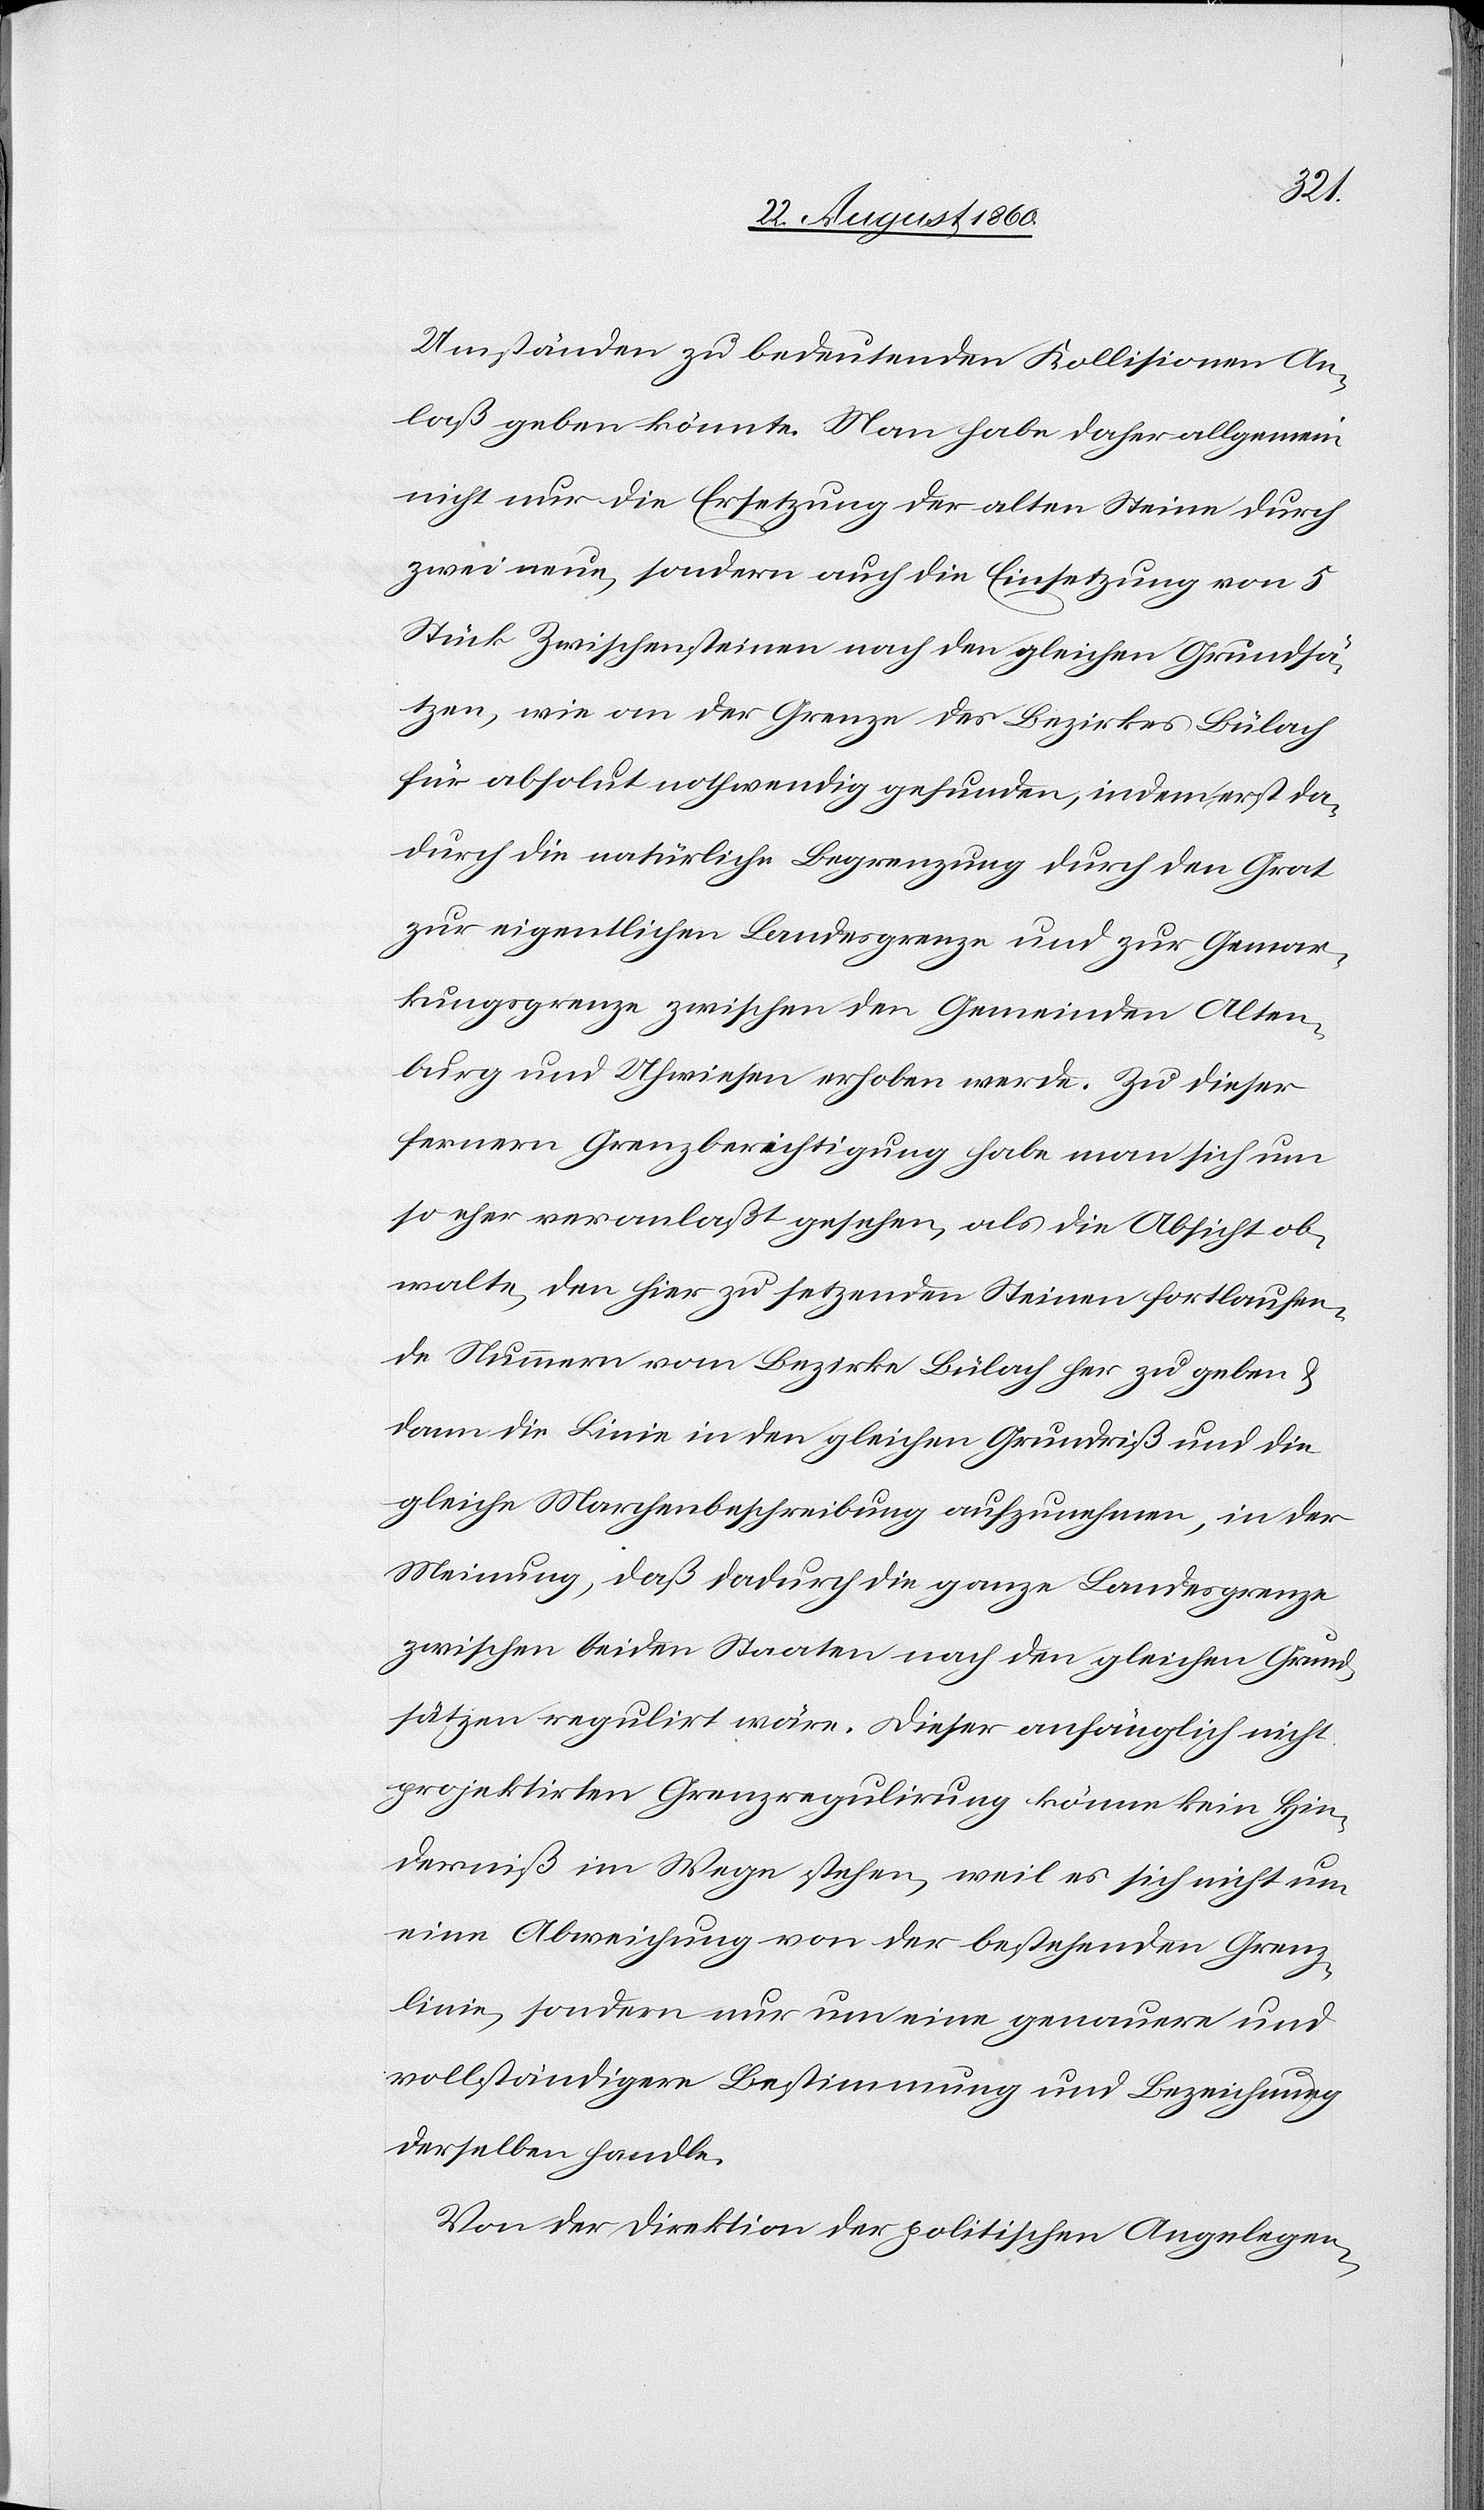
unter
Umständen zu bedeutenden Collisionen An¬
lass geben könnte. Man habe daher allgemein
nicht nur die Ersetzung der alten Steine durch
zwei neue, sondern auch die Einsetzung von 5
Stück Zwischensteinen nach den gleichen Grundsä¬
tzen, wie an der Grenze des Bezirkes Bülach
für absolut nothwendig gefunden, indem erst da¬
durch die natürliche Begrenzung durch den Grat
zur eigentlichen Landesgrenze und zur Gemar¬
kungsgrenze zwischen den Gemeinden Alten¬
burg und Uhwiesen erhoben werde. Zu dieser
fernern Grenzberichtigung habe man sich um
so eher veranlasst gesehen, als die Absicht ob¬
walte, den hier zu setzenden Steinen fortlaufen¬
de Nummern vom Bezirke Bülach herzugeben
dann die Linie in den gleichen Grundriss und die
gleiche Marchenbeschreibung aufzunehmen, in der
Meinung, dass dadurch die ganze Landesgrenze
zwischen beiden Staaten nach den gleichen Grund¬
sätzen regulirt wäre. Dieser anfänglich nicht
projektirten Grenzregulirung könne kein Hin¬
derniss im Wege stehen, weil es sich nicht um
eine Abweichung von der bestehenden Grenz¬
linie, sondern nur um eine genauere und
vollständigere Bestimmung und Bezeichnung
derselben handle.
Von der Direktion der politischen Angelegen-